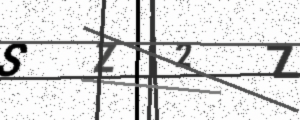
Text: SZ2Z